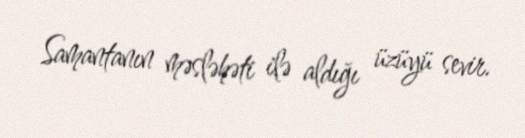
Samantanın məsləhəti ilə aldığı üzüyü sevir.